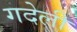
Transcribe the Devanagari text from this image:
गदेली